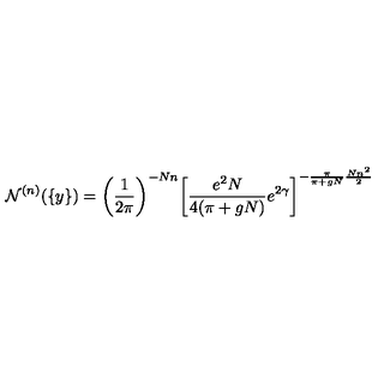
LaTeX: { \cal N } ^ { ( n ) } ( \{ y \} ) = \left( \frac { 1 } { 2 \pi } \right) ^ { - N n } \! \left[ \frac { e ^ { 2 } N } { 4 ( \pi + g N ) } e ^ { 2 \gamma } \right] ^ { - \frac { \pi } { \pi + g N } \frac { N n ^ { 2 } } { 2 } }